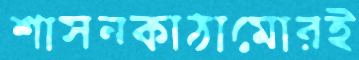
শাসনকাঠামোরই